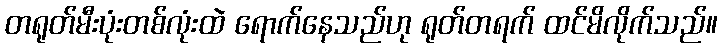
တရုတ်မီးပုံးတစ်လုံးထဲ ရောက်နေသည်ဟု ရုတ်တရက် ထင်မိလိုက်သည်။